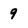
Character: 9